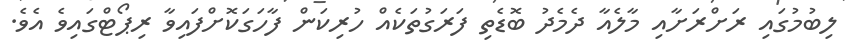
ލިބުމުގައި ރަށްރަށާއި މާލެއާ ދެމެދު ބޮޑެތި ފަރަގުތަކެއް ހުރިކަން ފާހަގަކޮށްފައިވާ ރިޕޯޓްގައިވެ އެވެ.